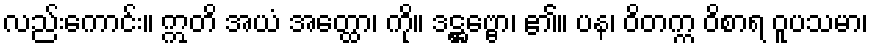
လည်းကောင်း။ ဣတိ အယံ အတ္ထော၊ ကို။ ဒဋ္ဌဗ္ဗော၊ ၏။ ပန၊ ဝိတက္က ဝိစာရ ဝူပသမာ၊